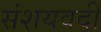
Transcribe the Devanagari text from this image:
संशयवदी